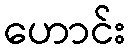
ဟောင်း